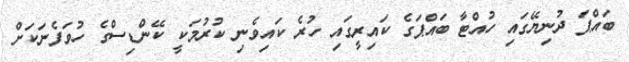
ބައްޕަ ދުނިޔޭގައި ހުއްޓާ ބައްޕަގެ ކައިރީގައި ހުރެ ކައިވެނި ކުރުމަކީ ކޭންޑިސްގެ ހުވަފެނަކަށް